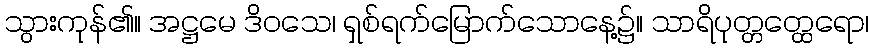
သွားကုန်၏။ အဋ္ဌမေ ဒိဝသေ၊ ရှစ်ရက်မြောက်သောနေ့၌။ သာရိပုတ္တတ္ထေရော၊